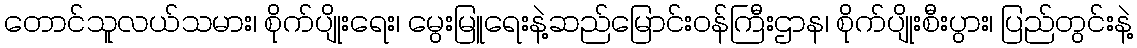
တောင်သူလယ်သမား၊ စိုက်ပျိုးရေး၊ မွေးမြူရေးနဲ့ဆည်မြောင်းဝန်ကြီးဌာန၊ စိုက်ပျိုးစီးပွား၊ ပြည်တွင်းနဲ့